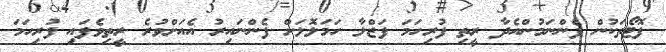
ފޮޓޯތަކުން ފެންނަމުންއެދާ ރީތި ފުރިހަމަ ފަޒްލާ ހަމަލޮލަށް ފެންނައިރު އެއަށްވުރެ ރީތިވެފައި ފުރިހަމަ